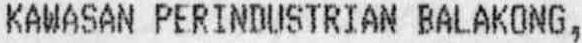
KAWASAN PERINDUSTRIAN BALAKONG,